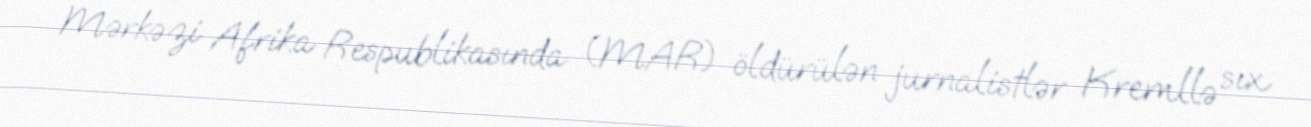
Mərkəzi Afrika Respublikasında (MAR) öldürülən jurnalistlər Kremllə sıx